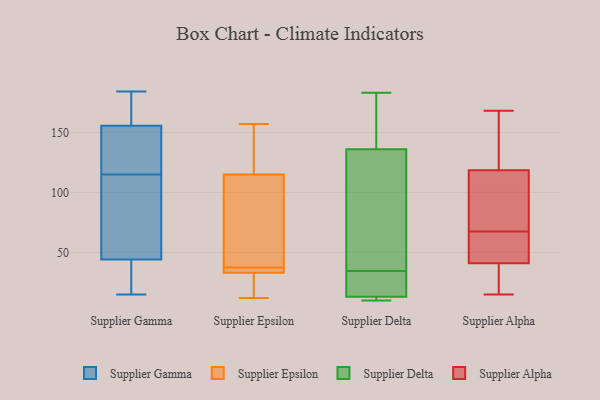
{"axis": {"x": "Latency (ms)", "y": "Value"}, "legend": ["Supplier Alpha", "Supplier Delta", "Supplier Epsilon", "Supplier Gamma"], "data": [{"x": "", "y": 15, "type": "Supplier Gamma"}, {"x": "", "y": 24, "type": "Supplier Gamma"}, {"x": "", "y": 181, "type": "Supplier Gamma"}, {"x": "", "y": 73, "type": "Supplier Gamma"}, {"x": "", "y": 182, "type": "Supplier Gamma"}, {"x": "", "y": 184, "type": "Supplier Gamma"}, {"x": "", "y": 35, "type": "Supplier Gamma"}, {"x": "", "y": 142, "type": "Supplier Gamma"}, {"x": "", "y": 115, "type": "Supplier Gamma"}, {"x": "", "y": 33, "type": "Supplier Gamma"}, {"x": "", "y": 71, "type": "Supplier Gamma"}, {"x": "", "y": 108, "type": "Supplier Gamma"}, {"x": "", "y": 156, "type": "Supplier Gamma"}, {"x": "", "y": 154, "type": "Supplier Gamma"}, {"x": "", "y": 122, "type": "Supplier Gamma"}, {"x": "", "y": 83, "type": "Supplier Epsilon"}, {"x": "", "y": 34, "type": "Supplier Epsilon"}, {"x": "", "y": 19, "type": "Supplier Epsilon"}, {"x": "", "y": 35, "type": "Supplier Epsilon"}, {"x": "", "y": 41, "type": "Supplier Epsilon"}, {"x": "", "y": 152, "type": "Supplier Epsilon"}, {"x": "", "y": 38, "type": "Supplier Epsilon"}, {"x": "", "y": 33, "type": "Supplier Epsilon"}, {"x": "", "y": 35, "type": "Supplier Epsilon"}, {"x": "", "y": 157, "type": "Supplier Epsilon"}, {"x": "", "y": 131, "type": "Supplier Epsilon"}, {"x": "", "y": 150, "type": "Supplier Epsilon"}, {"x": "", "y": 64, "type": "Supplier Epsilon"}, {"x": "", "y": 115, "type": "Supplier Epsilon"}, {"x": "", "y": 37, "type": "Supplier Epsilon"}, {"x": "", "y": 13, "type": "Supplier Epsilon"}, {"x": "", "y": 12, "type": "Supplier Epsilon"}, {"x": "", "y": 17, "type": "Supplier Epsilon"}, {"x": "", "y": 16, "type": "Supplier Delta"}, {"x": "", "y": 183, "type": "Supplier Delta"}, {"x": "", "y": 147, "type": "Supplier Delta"}, {"x": "", "y": 10, "type": "Supplier Delta"}, {"x": "", "y": 151, "type": "Supplier Delta"}, {"x": "", "y": 21, "type": "Supplier Delta"}, {"x": "", "y": 74, "type": "Supplier Delta"}, {"x": "", "y": 34, "type": "Supplier Delta"}, {"x": "", "y": 10, "type": "Supplier Delta"}, {"x": "", "y": 13, "type": "Supplier Delta"}, {"x": "", "y": 115, "type": "Supplier Delta"}, {"x": "", "y": 35, "type": "Supplier Delta"}, {"x": "", "y": 10, "type": "Supplier Delta"}, {"x": "", "y": 124, "type": "Supplier Delta"}, {"x": "", "y": 18, "type": "Supplier Delta"}, {"x": "", "y": 12, "type": "Supplier Delta"}, {"x": "", "y": 136, "type": "Supplier Delta"}, {"x": "", "y": 165, "type": "Supplier Delta"}, {"x": "", "y": 42, "type": "Supplier Alpha"}, {"x": "", "y": 60, "type": "Supplier Alpha"}, {"x": "", "y": 16, "type": "Supplier Alpha"}, {"x": "", "y": 42, "type": "Supplier Alpha"}, {"x": "", "y": 168, "type": "Supplier Alpha"}, {"x": "", "y": 115, "type": "Supplier Alpha"}, {"x": "", "y": 43, "type": "Supplier Alpha"}, {"x": "", "y": 100, "type": "Supplier Alpha"}, {"x": "", "y": 15, "type": "Supplier Alpha"}, {"x": "", "y": 75, "type": "Supplier Alpha"}, {"x": "", "y": 120, "type": "Supplier Alpha"}, {"x": "", "y": 158, "type": "Supplier Alpha"}, {"x": "", "y": 40, "type": "Supplier Alpha"}, {"x": "", "y": 128, "type": "Supplier Alpha"}, {"x": "", "y": 117, "type": "Supplier Alpha"}, {"x": "", "y": 25, "type": "Supplier Alpha"}]}